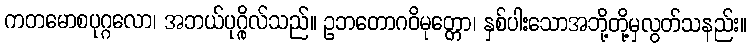
ကတမောစပုဂ္ဂလော၊ အဘယ်ပုဂ္ဂိုလ်သည်။ ဥဘတောဂဝိမုတ္တော၊ နှစ်ပါးသောအဘို့တို့မှလွတ်သနည်း။